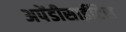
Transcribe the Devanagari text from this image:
अपेंडीसाईटिस